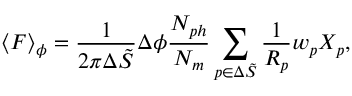
\langle F \rangle _ { \phi } = \frac { 1 } { 2 \pi \Delta \Tilde { S } } \Delta \phi \frac { N _ { p h } } { N _ { m } } \sum _ { p \in \Delta \Tilde { S } } \frac { 1 } { R _ { p } } w _ { p } X _ { p } ,